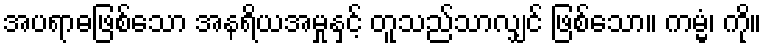
အပရာဓဖြစ်သော အနရိယအမှုနှင့် တူသည်သာလျှင် ဖြစ်သော။ ကမ္မံ၊ ကို။